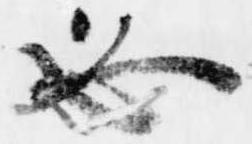
必